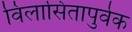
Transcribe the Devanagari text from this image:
विलासितापुर्वक